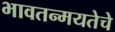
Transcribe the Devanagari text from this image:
भावतन्मयतेचे